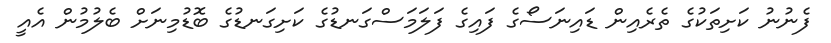
ފެނުނު ކަށިތަކުގެ ތެރެއިން ޑައިނަސޯގެ ފައިގެ ފަލަމަސްގަނޑުގެ ކަށިގަނޑުގެ ބޮޑުމިނަށް ބެލުމުން އެއީ